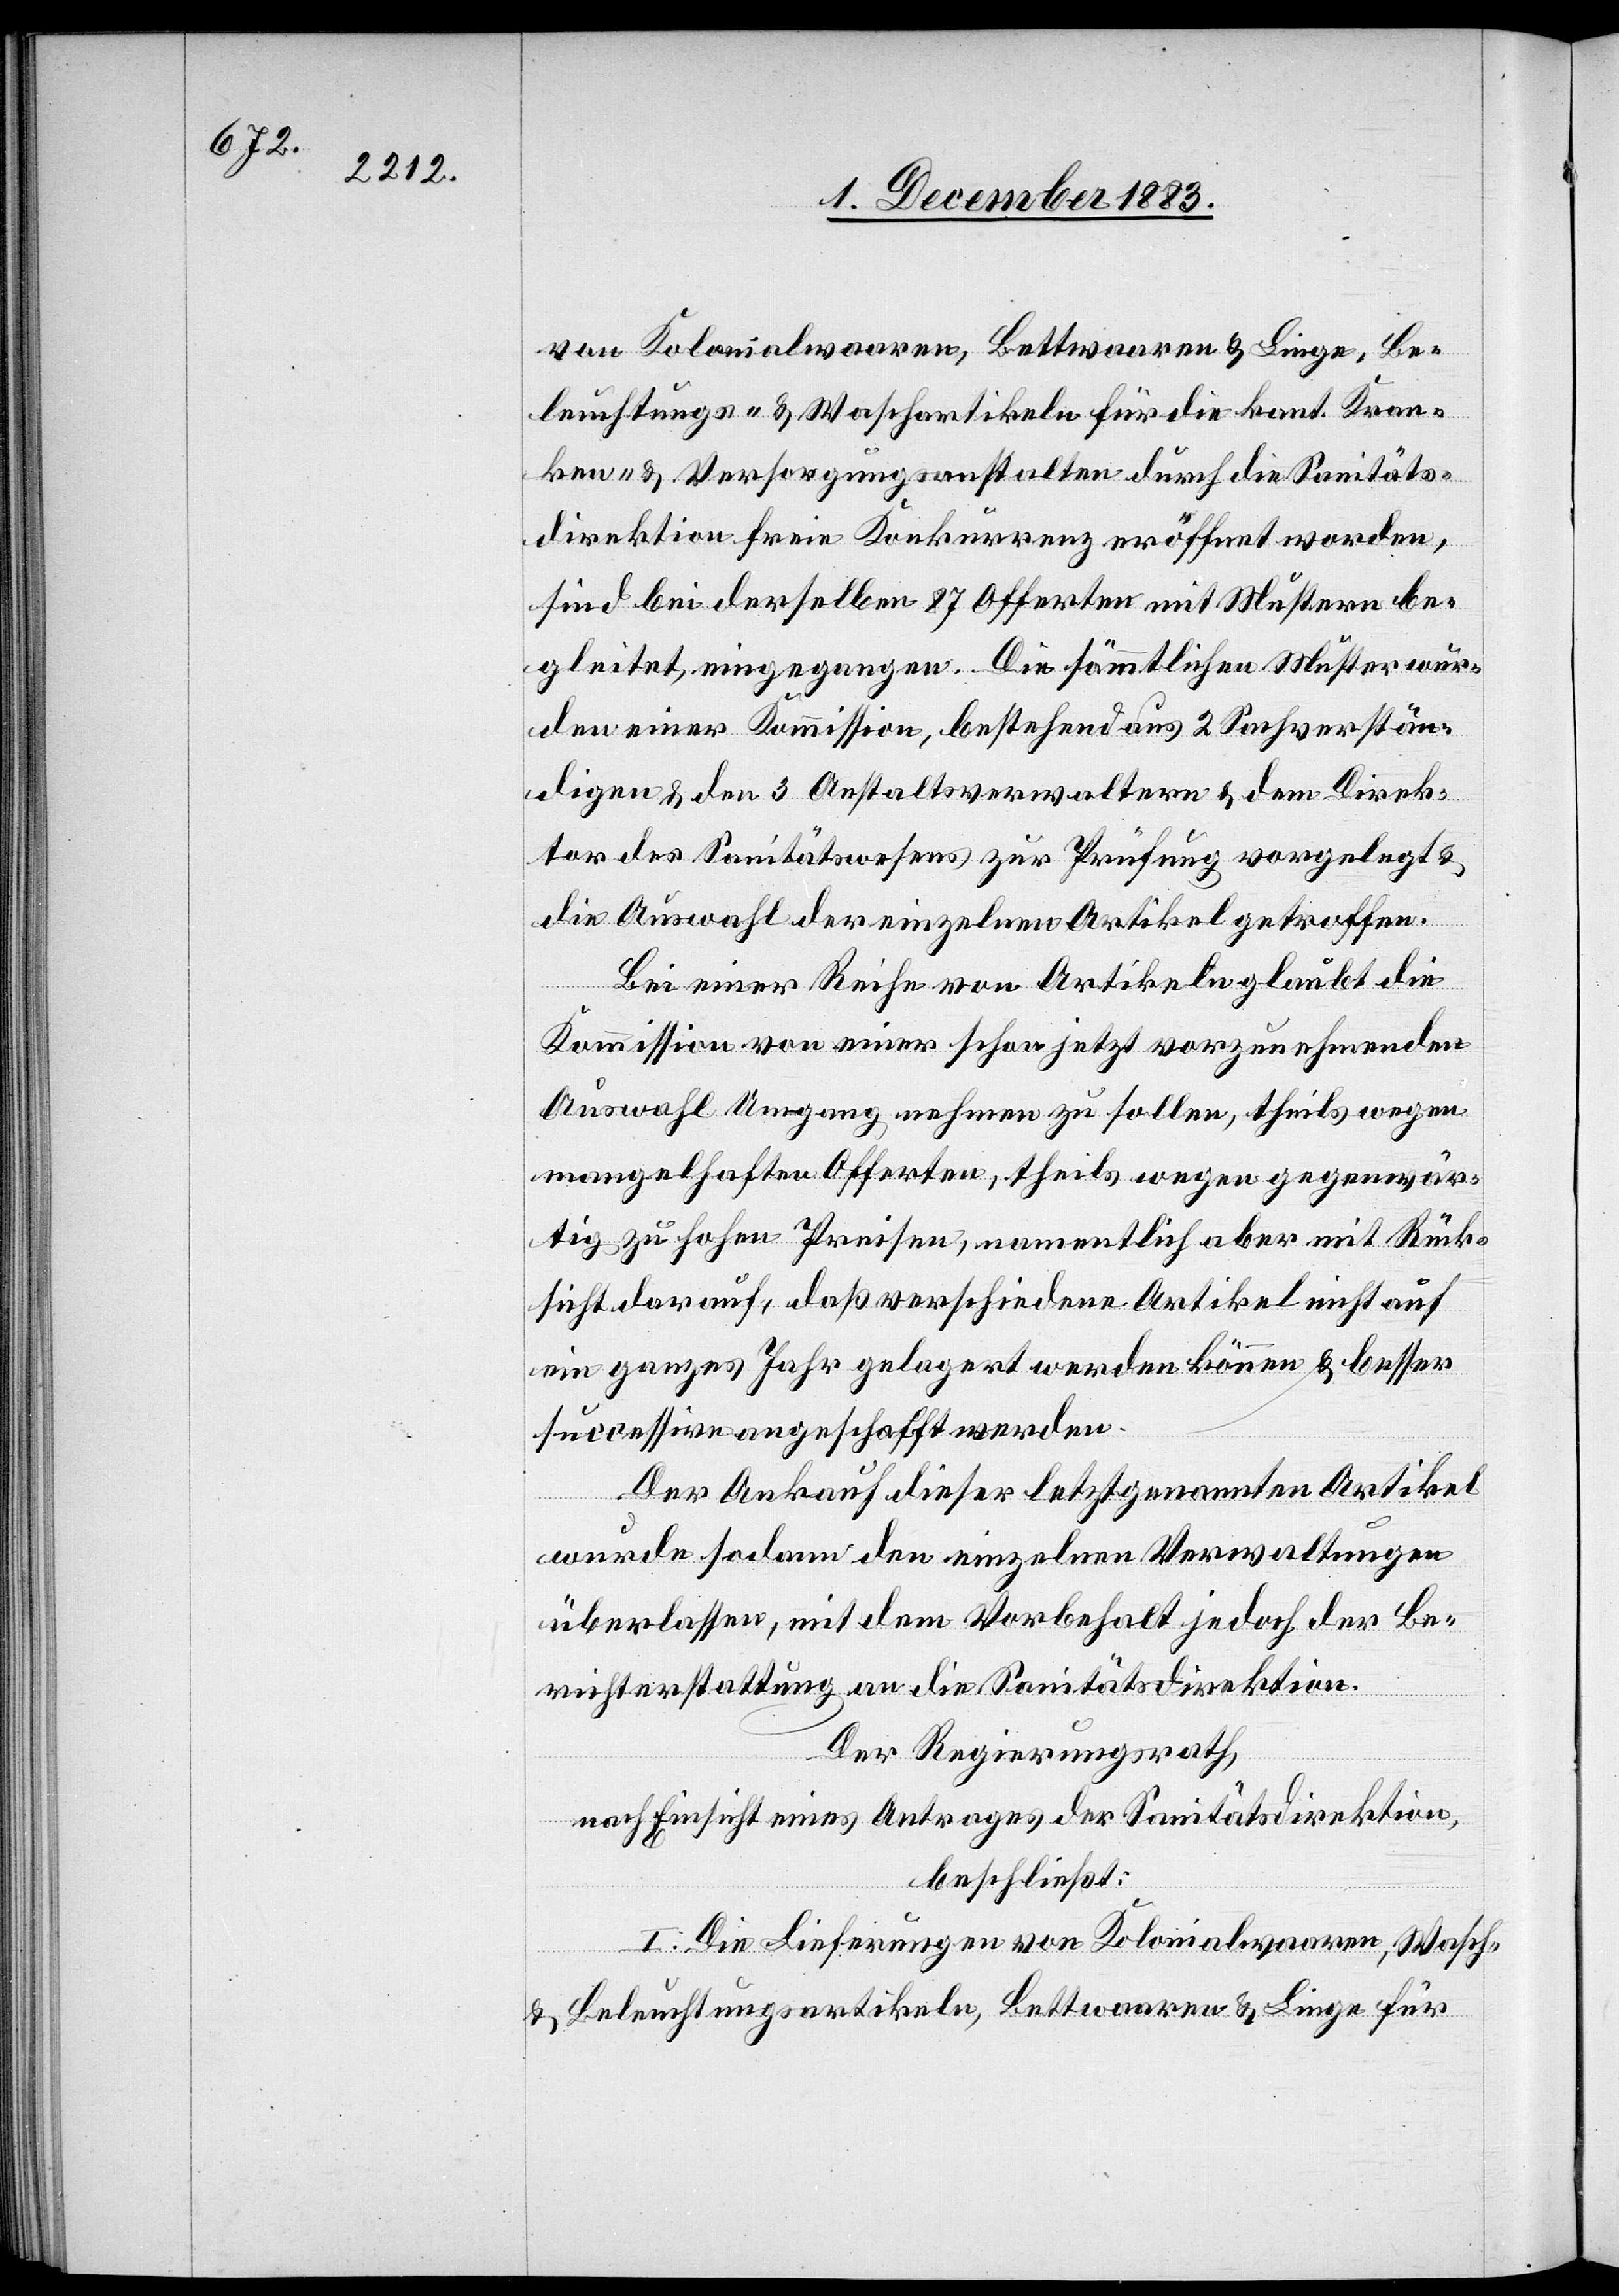
von Kolonialwaaren, Bettwaaren & Liege, Be¬
leuchtungs- & Waschartikeln für die kant. Kran¬
ken- & Versorgungsanstalten durch die Sanitäts¬
direktion freie Konkurrenz eröffnet worden,
sind bei derselben 87 Offerten mit Mustern be¬
gleitet, eingegangen. Die sämmtlichen Muster wur¬
den einer Kommission, bestehend aus 2 Sachverstän¬
digen & den 3 Anstaltsverwaltern & dem Direk¬
tor des Sanitätswesens zur Prüfung vorgelegt &
die Auswahl der einzelnen Artikel getroffen.
Bei einer Reihe von Artikeln glaubt die
Kommission von einer schon jetzt vorzunehmenden
Auswahl Umgang nehmen zu sollen, theils wegen
mangelhaften Offerten, theils wegen gegenwär¬
tig zu hohen Preisen, namentlich aber mit Rück¬
sicht darauf, daß verschiedene Artikel nicht auf
ein ganzes Jahr gelagert werden können & besser
successive angeschafft werden.
Der Ankauf dieser letztgenannten Artikel
wurde sodann den einzelnen Verwaltungen
überlassen, mit dem Vorbehalt jedoch der Be¬
richterstattung an die Sanitätsdirektion.
Der Regierungsrath,
nach Einsicht eines Antrages der Sanitätsdirektion,
beschließt:
I. Die Lieferung von Kolonialwaaren, Wasch-
& Beleuchtungsartikeln, Bettwaaren & Liege für